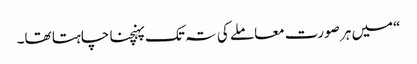
“میں ہر صورت معاملے کی تہ تک پہنچنا چاہتا تھا۔